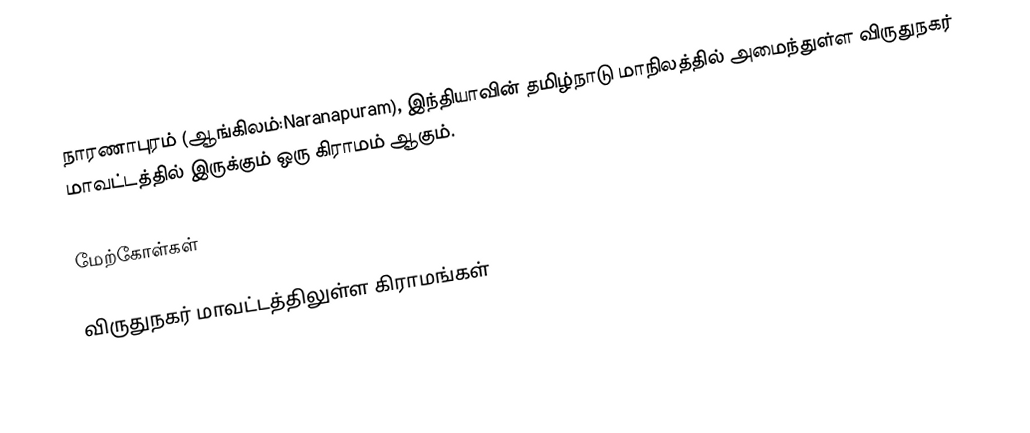
நாரணாபுரம் (ஆங்கிலம்:Naranapuram), இந்தியாவின் தமிழ்நாடு மாநிலத்தில் அமைந்துள்ள விருதுநகர் மாவட்டத்தில் இருக்கும் ஒரு கிராமம் ஆகும்.

மேற்கோள்கள்

விருதுநகர் மாவட்டத்திலுள்ள கிராமங்கள்